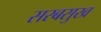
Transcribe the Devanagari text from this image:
सरबसुख